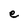
Character: e